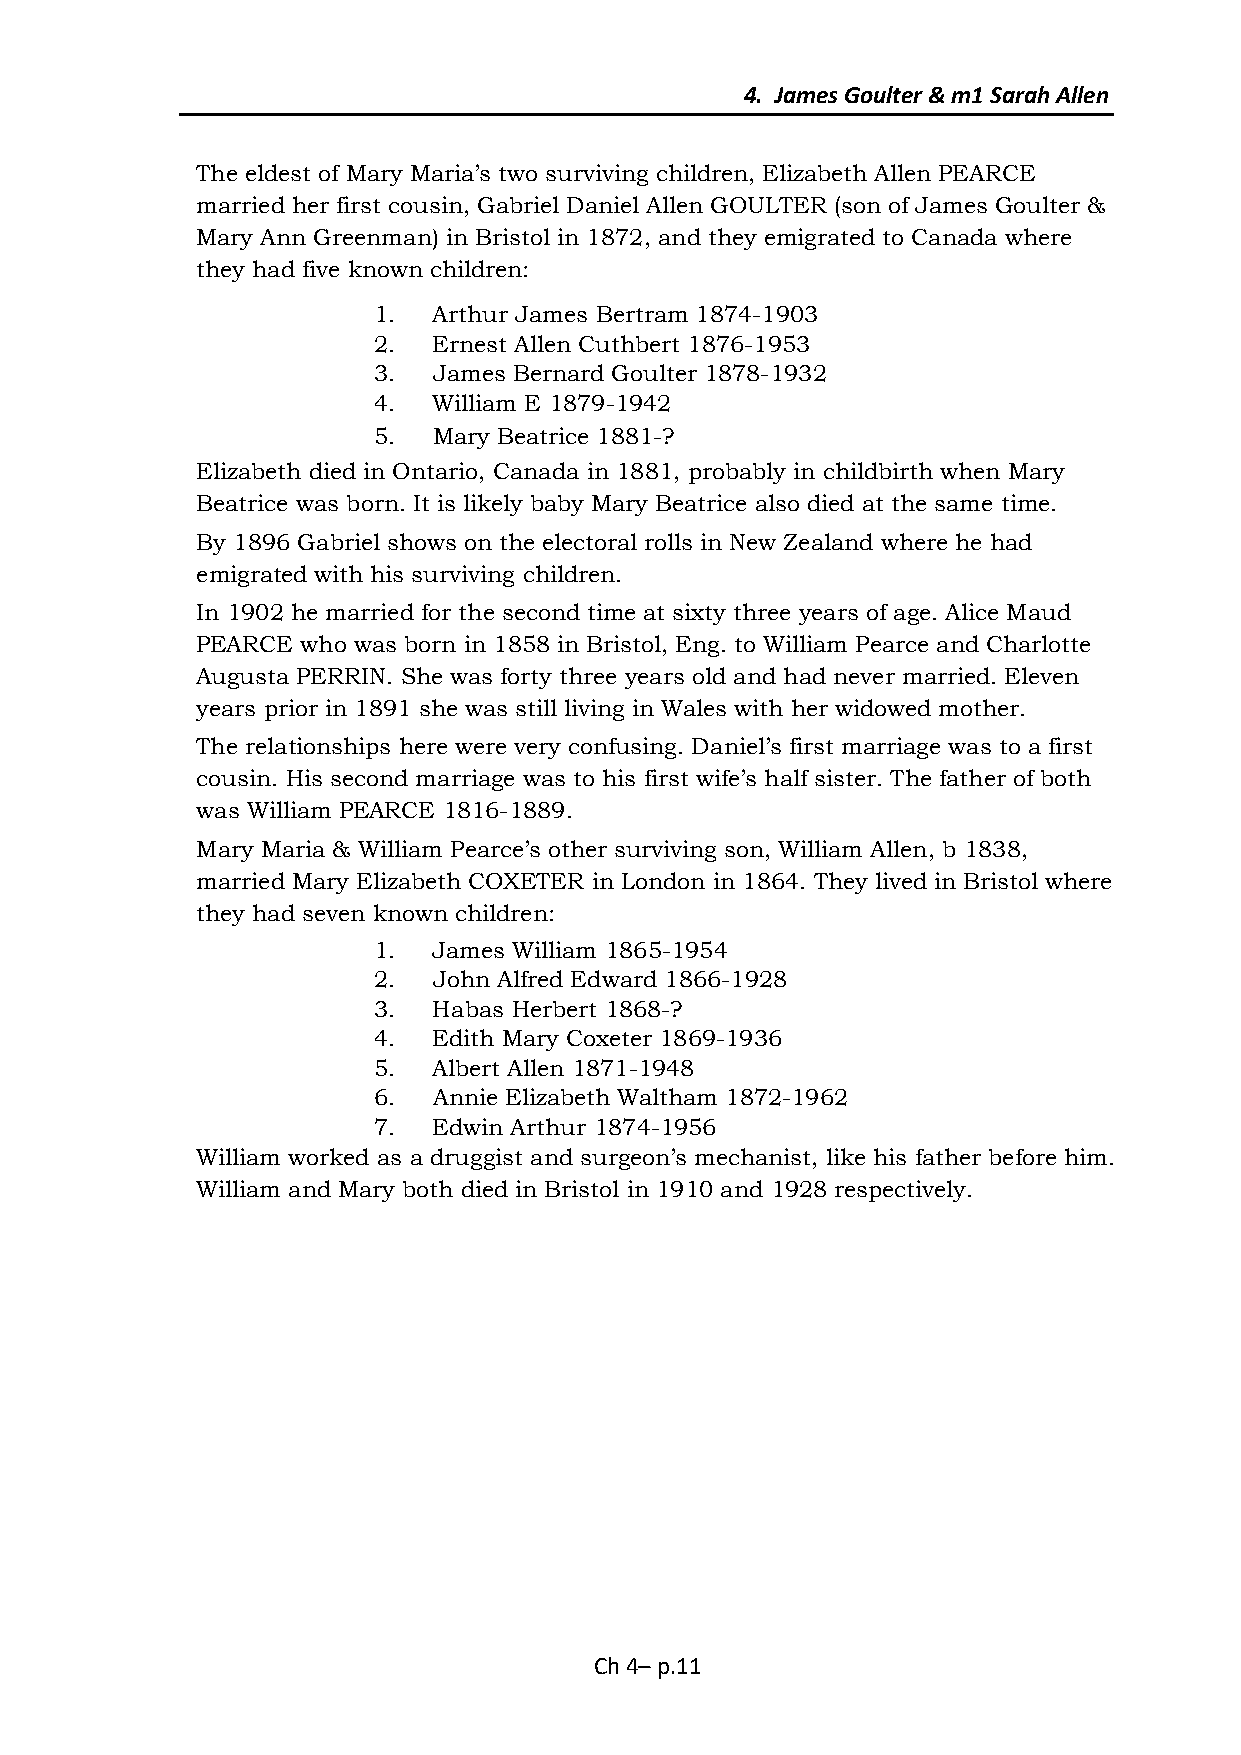
4. James Goulter & m1 Sarah Allen
 The eldest of Mary Maria’s two surviving children, Elizabeth Allen PEARCE
 married her first cousin, Gabriel Daniel Allen GOULTER (son of James Goulter &
 Mary Ann Greenman) in Bristol in 1872, and they emigrated to Canada where
 they had five known children:
 1.  Arthur James Bertram 1874-1903
 2.  Ernest Allen Cuthbert 1876-1953
 3.  James Bernard Goulter 1878-1932
 4.  William E 1879-1942
 5.  Mary Beatrice 1881-?
 Elizabeth died in Ontario, Canada in 1881, probably in childbirth when Mary
 Beatrice was born. It is likely baby Mary Beatrice also died at the same time.
 By 1896 Gabriel shows on the electoral rolls in New Zealand where he had
 emigrated with his surviving children.
 In 1902 he married for the second time at sixty three years of age. Alice Maud
 PEARCE who was born in 1858 in Bristol, Eng. to William Pearce and Charlotte
 Augusta PERRIN. She was forty three years old and had never married. Eleven
 years prior in 1891 she was still living in Wales with her widowed mother.
 The relationships here were very confusing. Daniel’s first marriage was to a first
 cousin. His second marriage was to his first wife’s half sister. The father of both
 was William PEARCE 1816-1889.
 Mary Maria & William Pearce’s other surviving son, William Allen, b 1838,
 married Mary Elizabeth COXETER in London in 1864. They lived in Bristol where
 they had seven known children:
 1.  James William 1865-1954
 2.  John Alfred Edward 1866-1928
 3.  Habas Herbert 1868-?
 4.  Edith Mary Coxeter 1869-1936
 5.  Albert Allen 1871-1948
 6.  Annie Elizabeth Waltham 1872-1962
 7.  Edwin Arthur 1874-1956
 William worked as a druggist and surgeon’s mechanist, like his father before him.
 William and Mary both died in Bristol in 1910 and 1928 respectively.
 Ch 4– p.11